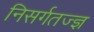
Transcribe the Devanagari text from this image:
निसर्गतज्ज्ञ